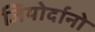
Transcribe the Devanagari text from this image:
जियोर्दानो